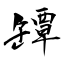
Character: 罈